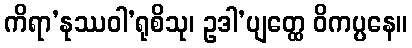
ကိရာ’နုဿဝါ’ရုစိသု၊ ဥဒါ’ပျတ္ထေ ဝိကပ္ပနေ။